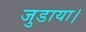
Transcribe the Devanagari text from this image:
जुडाया।